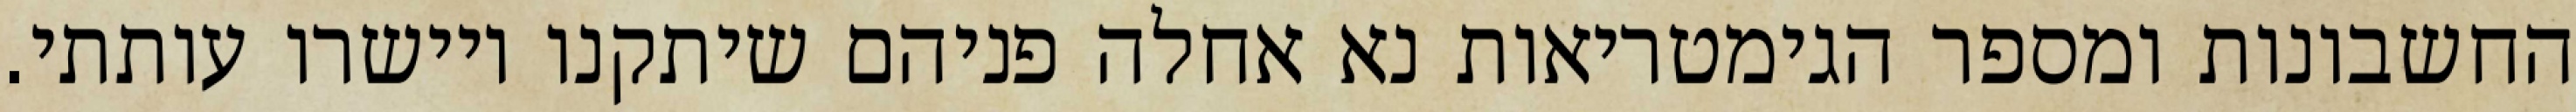
החשבונות ומספר הגימטריאות נא אחלה פניהם שיתקנו ויישרו עותתי.